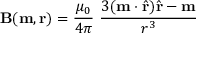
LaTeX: \mathbf { B } ( \mathbf { m } , \mathbf { r } ) = { \frac { \mu _ { 0 } } { 4 \pi } } \ { \frac { 3 ( \mathbf { m } \cdot { \hat { \mathbf { r } } } ) { \hat { \mathbf { r } } } - \mathbf { m } } { r ^ { 3 } } }